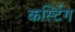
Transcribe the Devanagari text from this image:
कर्स्टिंग